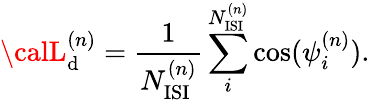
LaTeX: {\calL}_{\mathrm{d}}^{(n)}={\frac{{1}}{{N_{\mathrm{{ISI}}}^{(n)}}}}\sum_{i}^{N_{\mathrm{{ISI}}}^{(n)}}\cos(\psi_{i}^{(n)}).